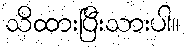
သိထားပြီးသားပါ။